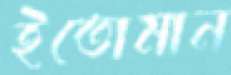
ইতোমান